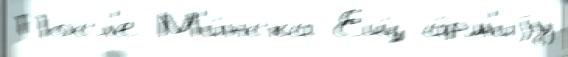
Посл'е М'и́нска Ещ́ а́рм'иjу